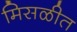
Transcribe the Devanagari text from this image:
मिसळीत